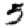
Digit: 5